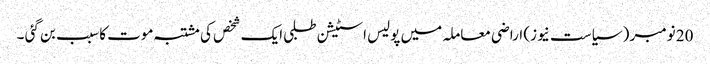
20 نومبر ( سیاست نیوز) اراضی معاملہ میں پولیس اسٹیشن طلبی ایک شخص کی مشتبہ موت کا سبب بن گئی ۔